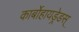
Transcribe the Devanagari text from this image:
कार्बोहायड्रेडस्